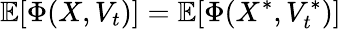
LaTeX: \mathbb{E}[\Phi(X,V_{t})]=\mathbb{E}[\Phi(X^{\ast},V_{t}^{*})]